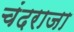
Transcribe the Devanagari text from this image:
चंदराजा